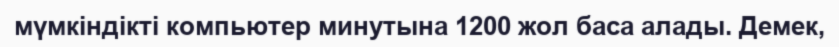
мүмкіндікті компьютер минутына 1200 жол баса алады. Демек,